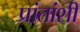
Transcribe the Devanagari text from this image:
प्रांतांशी